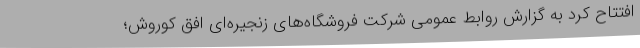
افتتاح کرد به گزارش روابط عمومی شرکت فروشگاه‌های زنجیره‌ای افق کوروش؛